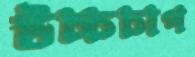
উচ্চচাপ